Civil Veterinary Dept. Assam report 1911-1927 - 1911-1927
Year: 1911
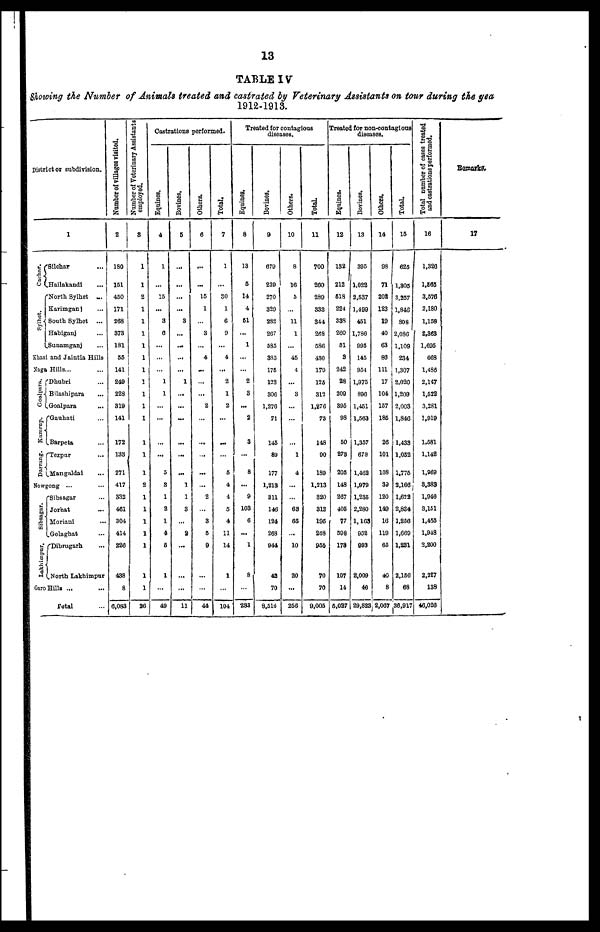
13
TABLE IV
Showing the Number of Animals treated and castrated byeterinary Assistants on tour during the
year
19
Distrctor subdivision.
Cachar.
Sylhet.
1
Silehar ...
Hailakandi ...
North Sylhet ...
Karimganj ...
South Sylhet ...
Habiganj ...
Sunamganj ...
Khasi and Jaintia Hills
Naga Hills... ...
Goalpara.
Kamrap.
Darrang.
Dhubri ...
Bilashipara ...
Goalpara ...
Gauhati ...
Barpeta ...
Tezpur ...
Mangaldai ...
Nowgong ... ...
Sibsagar.
Lakhimpar.
Sibsagar ...
Jorhat ...
Moriani ...
Golaghat ...
Dibragarh ...
NorthLakhimpur
Garo Hills ...
...
Total ...
Number of villages visited.
2
180
151
450
171
268
373
181
55
141
249
223
319
141
172
133
271
417
332
461
304
414
226
438
8
6,083
Number of Veterinary Assistants
employed.
8
1
1
2
1
1
1
1
1
1
1
1
1
1
1
1
1
2
1
1
1
1
1
1
1
26
Castrations performed.
Equines,
4
1
...
15
...
3
6
...
...
...
1
1
...
...
...
...
5
3
1
2
1
4
5
1
...
49
Bovines.
5
...
...
...
...
3
...
...
...
...
1
...
...
...
...
...
...
1
1
3
...
2
...
...
...
11
Others.
6
...
...
15
1
...
3
...
4
...
...
...
2
...
...
...
...
...
2
...
3
5
9
...
...
44
Total.
7
1
...
30
1
6
9
...
4
...
2
1
2
...
...
...
5
4
4
5
4
11
14
1
...
104
Treated for contagious
diseases.
Equines.
8
13
5
14
4
51
...
1
...
...
2
3
...
2
3
...
8
...
9
103
6
...
1
8
...
233
Bovines.
9
679
239
270
329
282
267
585
335
175
123
306
1,270
71
145
89
177
1,213
311
146
124
268
944
42
70
8,510
Others.
10
8
16
5
...
11
1
...
45
4
...
3
...
...
...
1
4
...
...
63
85
...
10
20
...
256
Total.
11
700
260
289
333
344
268
586
430
179
125
312
1,276
73
148
90
189
1,213
320
312
195
268
955
70
70
9,005
Treated for non-contagions
diseases.
Equines.
12
132
212
518
224
338
260
51
3
242
28
209
395
98
50
273
205
148
267
405
77
598
178
107
14
6,027
Bovines.
13
395
1,022
2,537
1,499
451
1,786
995
145
954
1,975
896
1,451
1,563
1,357
678
1,462
1,979
1,235
2,280
1,163
952
993
2,009
46
29,823
Others.
14
98
71
202
123
19
40
63
86
111
17
104
157
185
26
101
108
39
120
149
16
119
65
40
8
2,067
Total.
15
625
1,805
3,257
1,846
808
2,086
1.109
234
1,307
2,020
1,209
2,003
1,846
1,433
1,052
1,775
2,106
1,622
2,834
1,256
1,669
1,231
2,150
68
36,917
Total number of cases treated
and castrations performed.
16
1,326
1,865
3.576
2,180
1,158
2,363
1,695
668
1,486
2,147
1,522
3,281
1,919
1,581
1.142
1,969
3.383
1,946
3,151
1,455
1,948
2,200
2,327
138
46,026
Remarks.
17